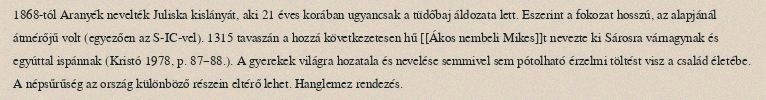
1868-tól Aranyék nevelték Juliska kislányát, aki 21 éves korában ugyancsak a tüdőbaj áldozata lett. Eszerint a fokozat hosszú, az alapjánál átmérőjű volt (egyezően az S-IC-vel). 1315 tavaszán a hozzá következetesen hű [[Ákos nembeli Mikes]]t nevezte ki Sárosra várnagynak és egyúttal ispánnak (Kristó 1978, p. 87–88.). A gyerekek világra hozatala és nevelése semmivel sem pótolható érzelmi töltést visz a család életébe. A népsűrűség az ország különböző részein eltérő lehet. Hanglemez rendezés.